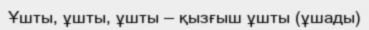
Ұшты, ұшты, ұшты — қызғыш ұшты (ұшады)